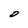
Character: O